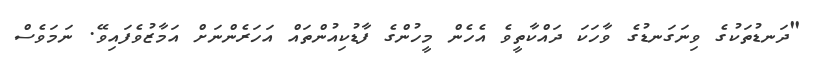
"ދަނޑުތަކުގެ ވިނަގަނޑުގެ ވާހަކަ ދައްކާތީވެ އެހެން މީހުންގެ ފާޑުކިއުންތައް އަހަރެންނަށް އަމާޒުވެފައިވޭ. ނަމަވެސް